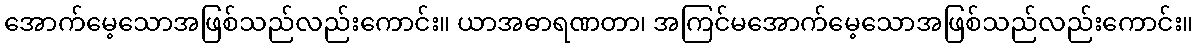
အောက်မေ့သောအဖြစ်သည်လည်းကောင်း။ ယာအဓာရဏတာ၊ အကြင်မအောက်မေ့သောအဖြစ်သည်လည်းကောင်း။